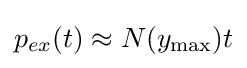
p_{ex}(t)\approx N(y_{\max })t